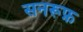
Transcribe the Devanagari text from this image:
सनरूफ़